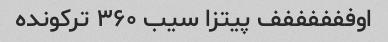
اوففففففف پیتزا سیب ۳۶۰ ترکونده